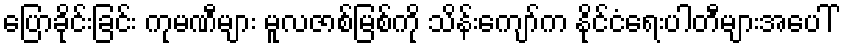
ပြောခိုင်းခြင်း ကုမဏီများ မူလဇာစ်မြစ်ကို သိန်းကျော်က နိုင်ငံရေးပါတီများအပေါ်